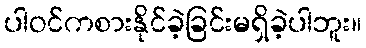
ပါဝင်ကစားနိုင်ခဲ့ခြင်းမရှိခဲ့ပါဘူး။